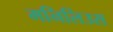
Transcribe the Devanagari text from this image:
मनिलिउस